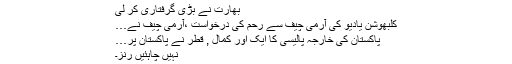
بھارت نے بڑی گرفتاری کر لی
کلبھوشن یادیو کی آرمی چیف سے رحم کی درخواست ،آرمی چیف نے…
پاکستان کی خارجہ پالیسی کا ایک اور کمال , قطر نے پاکستان پر…
نہیں چاہئیں رنز۔